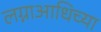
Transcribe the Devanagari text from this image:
लग्नाआधिच्या